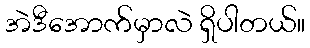
အဲဒီအောက်မှာလဲ ရှိပါတယ်။